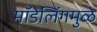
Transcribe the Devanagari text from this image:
मॉडेलिंगमुळे